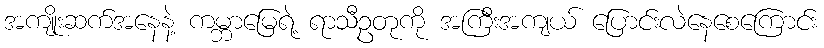
အကျိုးဆက်အနေနဲ့ ကမ္ဘာမြေရဲ့ ရာသီဥတုကို အကြီးအကျယ် ပြောင်းလဲနေစေကြောင်း